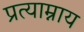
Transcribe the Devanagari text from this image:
प्रत्याम्नाय